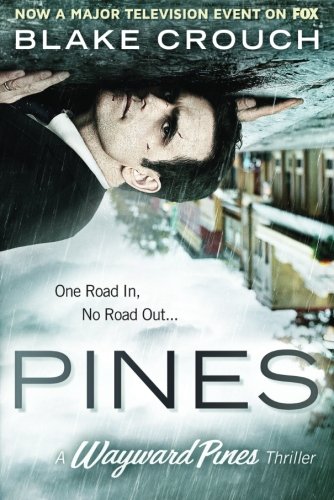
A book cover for Pines (The Wayward Pines Series); Blake Crouch; Mystery, Thriller & Suspense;